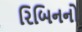
રિબિનનો